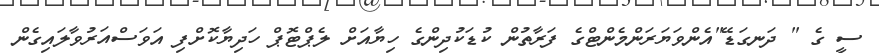
ސީ ގެ " ދަނގަޑޭ"އެންވަޔަރަންމެންޓްގެ ފަރާތުން ކުޑަކުދިންގެ ހިޔާއަށް ލެޕްޓޮޕް ހަދިޔާކޮށްފި އަވަސްއަރުވާލައިގެން